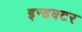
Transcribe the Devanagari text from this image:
इन्डक्टर